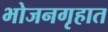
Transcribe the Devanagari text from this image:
भोजनगृहात